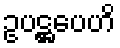
ဥပဋ္ဌပေဟိ